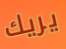
يريك